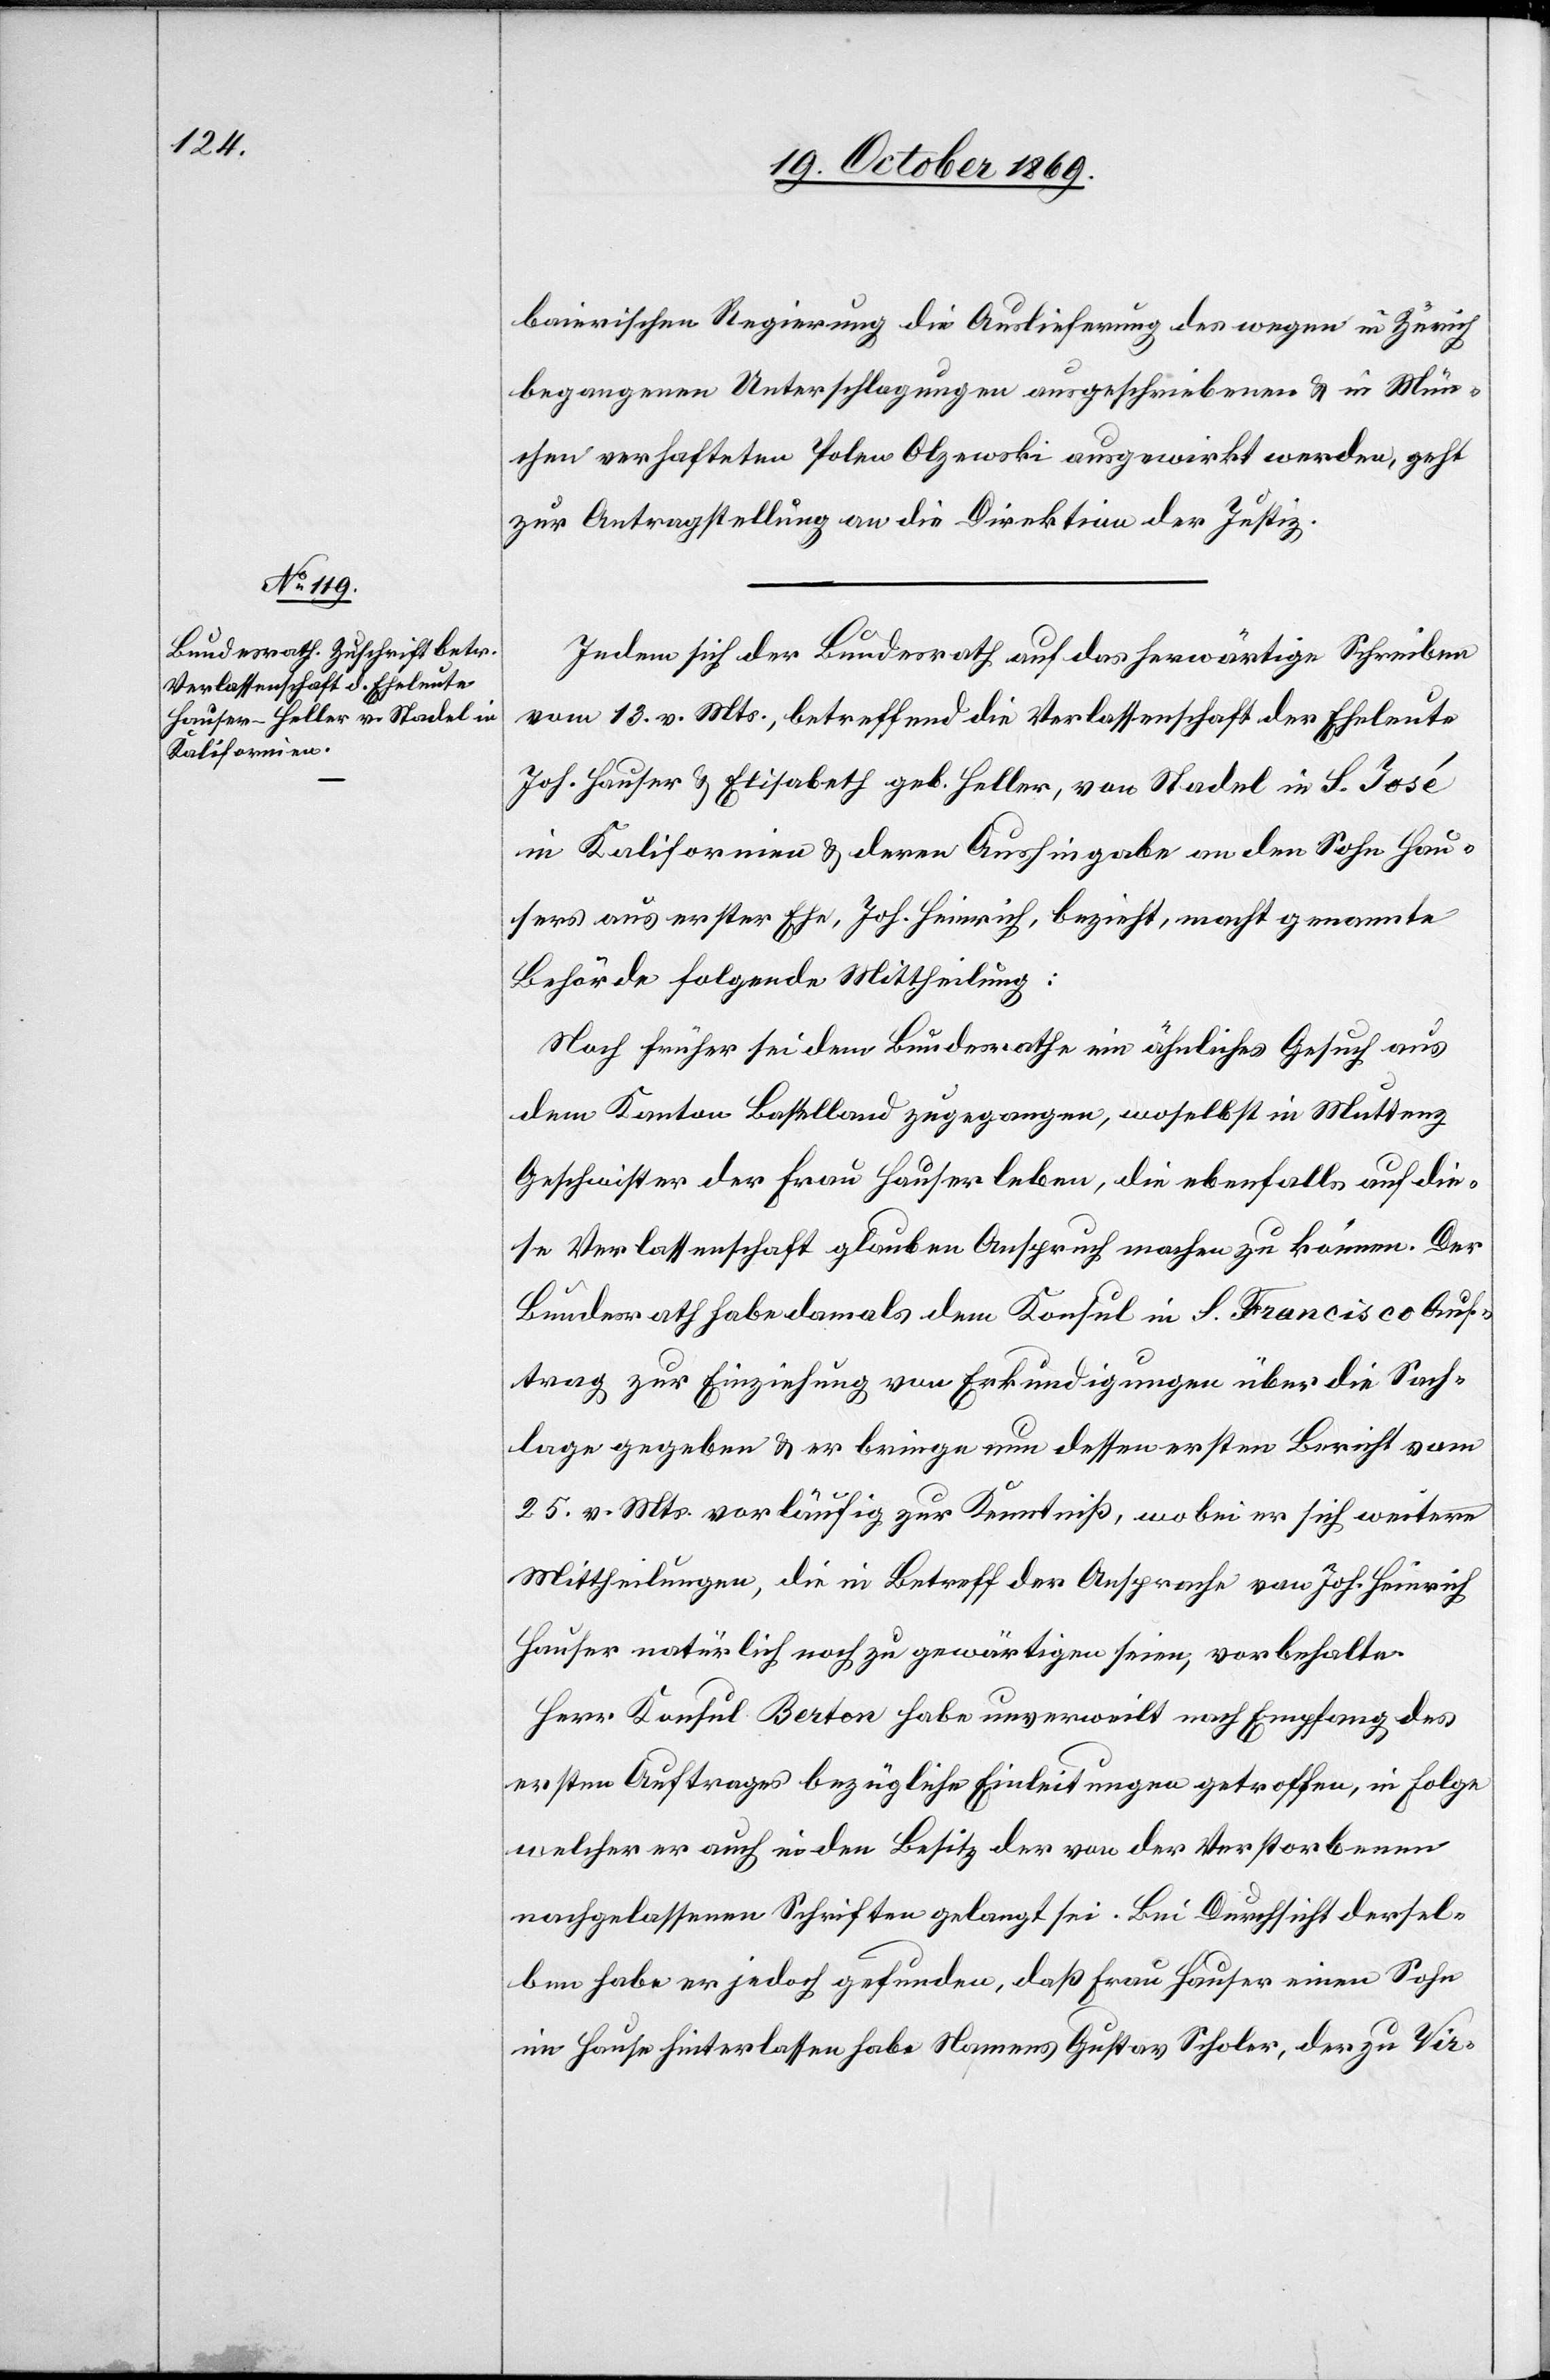
22. October 1869.]
baierischen Regierung die Auslieferung des wegen in Zürich
begangenen Unterschlagungen ausgeschriebenen & in Mün¬
chen verhafteten Polen Olzewski ausgewirkt werden, geht
zur Antragstellung an die Direktion der Justiz.
Indem sich der Bundesrath auf das herwärtige Schreiben
vom 13. v. Mts., betreffend die Verlassenschaft der Eheleute
Joh. Hauser & Elisabeth geb. Heller, von Stadel in S. José
in Kalifornien & deren Aushingabe an den Sohn Hau¬
sers aus erster Ehe, Joh. Heinrich, bezieht, macht genannte
Behörde folgende Mittheilung:
Noch früher sei dem Bundesrathe ein ähnliches Gesuch aus
dem Kanton Baselland zugegangen, woselbst in Muttenz
Geschwister der Frau Hauser leben, die ebenfalls auf die¬
se Verlassenschaft glauben Anspruch machen zu können. Der
Bundesrath habe damals dem Konsul in S. Francisco Auf¬
trag zur Einziehung von Erkundigungen über die Sach¬
lage gegeben & er bringe nun dessen ersten Bericht vom
25. v. Mts. vorläufig zur Kenntniß, wobei er sich weitere
Mittheilungen, die in Betreff der Ansprache von Joh. Heinrich
Hauser natürlich noch zu gewärtigen seien, vorbehalte.
Herr Konsul Berton habe unverweilt nach Empfang des
ersten Auftrages bezügliche Einleitungen getroffen, in Folge
welcher er auch in den Besitz der von der Verstorbenen
nachgelassenen Schriften gelangt sei. Bei Durchsicht dersel¬
ben habe er jedoch gefunden, daß Frau Hauser einen Sohn
im Hause hinterlassen habe Namens Gustav Scholer, der zu Vir-